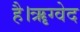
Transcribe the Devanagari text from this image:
है।ॠग्वेद